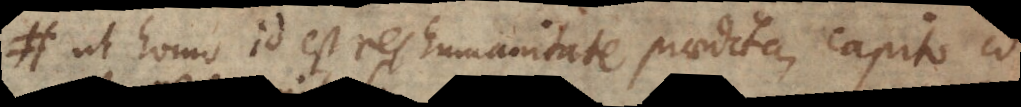
ut homo id est res humanitate praedita, capito id